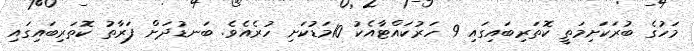
މަހުގެ ބުރަކަށިމަތީ ކޮތަރިބައިގައި 9 ހަރުކައްޓާއެކު 10މަޑުކަށި ހުރެއެވެ. ބަނޑުދަށް ފަރާތު ކޮތަރިބައިގައި